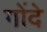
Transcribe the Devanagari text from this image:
गोंदे